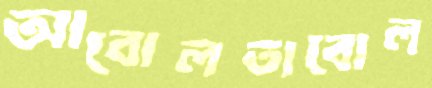
আবোলতাবোল